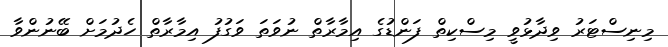
މިނިސްޓަރު ވިދާޅުވީ މިސްކިތް ފަންޑުގެ އިމާރާތް ނުވަތަ ވަގުފު އިމާރާތް ހެދުމަށް ބޭނުންވާ